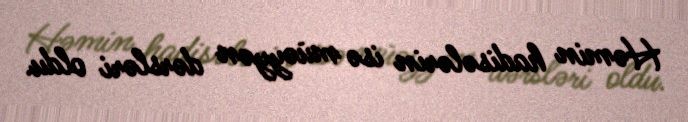
Həmin hadisələrin isə müəyyən dərsləri oldu.